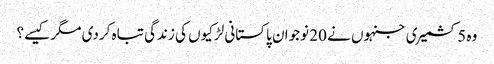
وہ 5 کشمیری جنہوں نے 20 نوجوان پاکستانی لڑکیوں کی زندگی تباہ کردی مگر کیسے؟